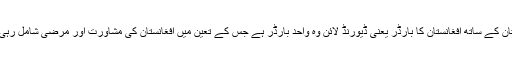
پاکستان کے ساتھ افغانستان کا بارڈر یعنی ڈیورنڈ لائن وہ واحد بارڈر ہے جس کے تعین میں افغانستان کی مشاورت اور مرضی شامل رہی ہے۔